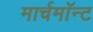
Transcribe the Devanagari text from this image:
मार्चमाॅन्ट